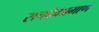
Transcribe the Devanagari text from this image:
सचदेवप्रमाणे